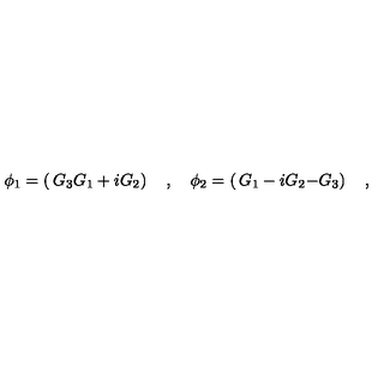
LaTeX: \phi _ { 1 } = \left( \begin{matrix} { G _ { 3 } } \\ { G _ { 1 } + i G _ { 2 } } \\ \end{matrix} \right) \quad , \quad \phi _ { 2 } = \left( \begin{matrix} { G _ { 1 } - i G _ { 2 } } \\ { - G _ { 3 } } \\ \end{matrix} \right) \quad ,